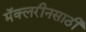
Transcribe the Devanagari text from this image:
मॅक्लरीनसाठी